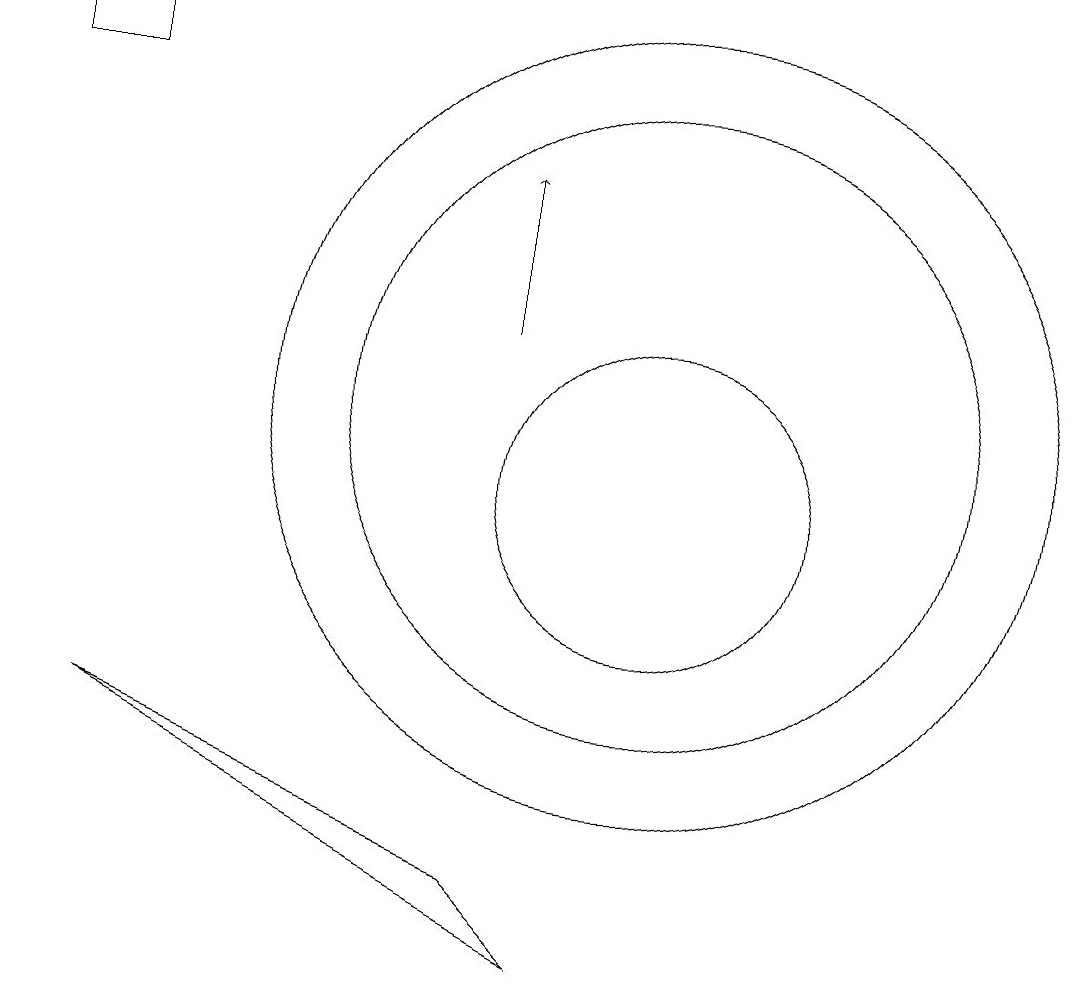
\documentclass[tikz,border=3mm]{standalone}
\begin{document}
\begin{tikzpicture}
\draw (10,10) circle (2);
\draw (2,16) rectangle (3,15);
\draw (10,11) circle (5);
\draw[->] (8,12) -- (8,14);
\draw (8,5) -- (3,7) -- (9,4) -- cycle;
\draw (10,11) circle (4);
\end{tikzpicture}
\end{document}